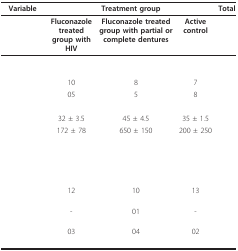
<table><thead><tr><td><b>Variable</b></td><td colspan="3"><b>Treatment group</b></td><td><b>Total</b></td></tr></thead><tbody><tr><td>[EMPTY_CELL]</td><td><b>Fluconazole treated group with HIV</b></td><td><b>Fluconazole treated group with partial or complete dentures</b></td><td><b>Active control</b></td><td>[EMPTY_CELL]</td></tr><tr><td>[EMPTY_CELL]</td><td>[EMPTY_CELL]</td><td>[EMPTY_CELL]</td><td>[EMPTY_CELL]</td><td>[EMPTY_CELL]</td></tr><tr><td>[EMPTY_CELL]</td><td>10</td><td>8</td><td>7</td><td>[EMPTY_CELL]</td></tr><tr><td>[EMPTY_CELL]</td><td>05</td><td>5</td><td>8</td><td>[EMPTY_CELL]</td></tr><tr><td>[EMPTY_CELL]</td><td>[EMPTY_CELL]</td><td>[EMPTY_CELL]</td><td>[EMPTY_CELL]</td><td>[EMPTY_CELL]</td></tr><tr><td>[EMPTY_CELL]</td><td>32 ± 3.5</td><td>45 ± 4.5</td><td>35 ± 1.5</td><td>[EMPTY_CELL]</td></tr><tr><td>[EMPTY_CELL]</td><td>172 ± 78</td><td>650 ± 150</td><td>200 ± 250</td><td>[EMPTY_CELL]</td></tr><tr><td>[EMPTY_CELL]</td><td>[EMPTY_CELL]</td><td>[EMPTY_CELL]</td><td>[EMPTY_CELL]</td><td>[EMPTY_CELL]</td></tr><tr><td>[EMPTY_CELL]</td><td>12</td><td>10</td><td>13</td><td>[EMPTY_CELL]</td></tr><tr><td>[EMPTY_CELL]</td><td>-</td><td>01</td><td>-</td><td>[EMPTY_CELL]</td></tr><tr><td>[EMPTY_CELL]</td><td>03</td><td>04</td><td>02</td><td>[EMPTY_CELL]</td></tr></tbody></table>